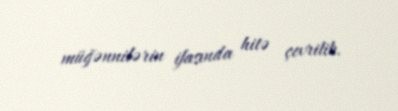
müğənnilərin ifasında hitə çevrilib.